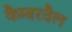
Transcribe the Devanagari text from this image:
कैम्बरवैल